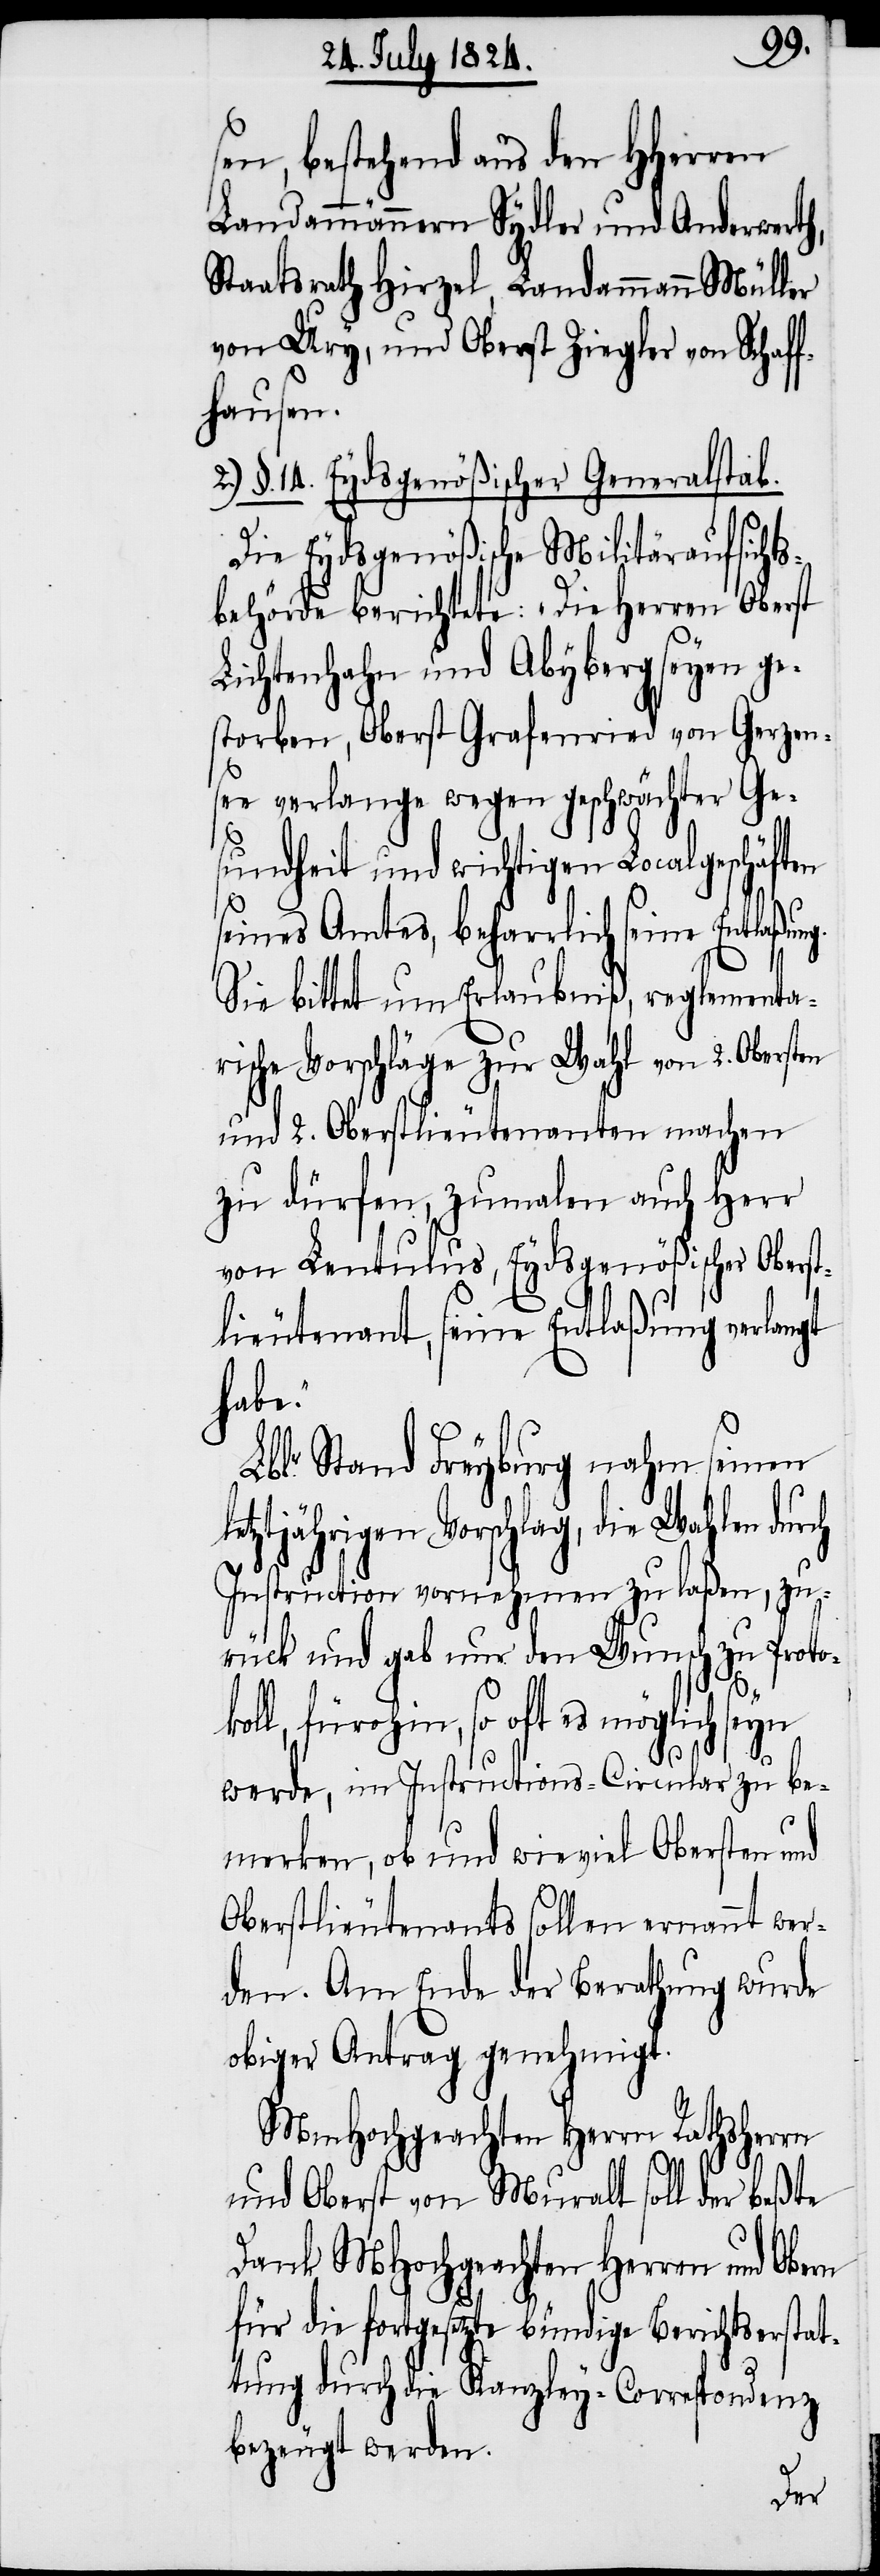
sen, bestehend aus den HHerren
Landammännern Sydler und Anderwerth,
Staatsrath Hirzel, Landammann Müll¬
von Ury, und Oberst Ziegler von Schaf¬
fhausen.
§. 14. Eydsgenößischer Generalstab.
Die Eydsgenößische Militäraufsicht¬
sbehörde berichtete: „Die Herren Oberst
Lichtenhahn und Abyberg seyen ge¬
storben, Oberst Grafenried von Gerzen¬
see verlange wegen geschwächter Ge¬
sundheit und wichtigen Localgeschäft¬
seines Amtes, beharrlich seine Entlaßung.
Sie bittet um Erlaubniß, reglementa¬
rische Vorschläge zur Wahl von 2. Obersten
und 2. Oberstlieutenants machen
zu dürfen, zumalen auch Herr
von Lentulus, Eydsgenößischer Oberst¬
lieutenant, seine Entlaßung verlangt
habe.“
en
Lblr. Stand Freyburg nahm seinen
letztjährigen Vorschlag, die Wahlen durch
Instruktion vornehmen zu laßen, zu¬
rück und gab nur den Wunsch zu Proto¬
koll, fürohin, so oft es möglich seyn
werde, im Instructions-Circular zu be¬
merken, ob und wieviel Obersten und
Oberstlieutenants sollen ernannt wer¬
den. Am Ende der Berathung wurde
obiger Antrag genehmigt.
MHochgeachten Herrn Rathsherrn
und Oberst von Muralt soll der beßte
Dank MHochgeachten Herren und
für die fortgesetzte bündige Berichtserstat¬
tung durch die Kanzley-Correspondenz
bezeugt werden.